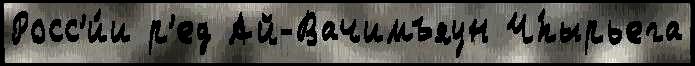
Росс'и́и р'ед Ай-Вачимъяун Ч́пырьега